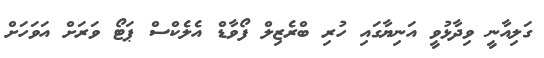
ގަލިއާނީ ވިދާޅުވީ އަނިޔާގައި ހުރި ބްރެޒިލް ފޯވާޑް އެލެކްސް ޕަޓޯ ވަރަށް އަވަހަށް